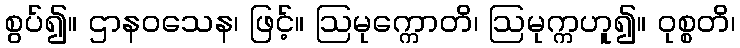
စွပ်၍။ ဌာနဝသေန၊ ဖြင့်။ ဩမုက္ကောတိ၊ ဩမုက္ကဟူ၍။ ဝုစ္စတိ၊